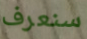
سنعرف